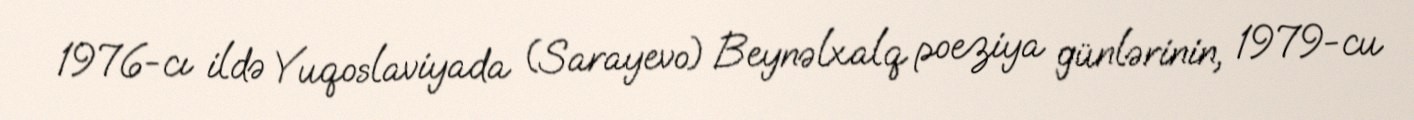
1976-cı ildə Yuqoslaviyada (Sarayevo) Beynəlxalq poeziya günlərinin, 1979-cu